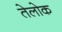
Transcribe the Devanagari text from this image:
तेलोक